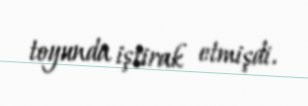
toyunda iştirak etmişdi.